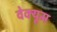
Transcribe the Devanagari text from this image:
वेक्यूम